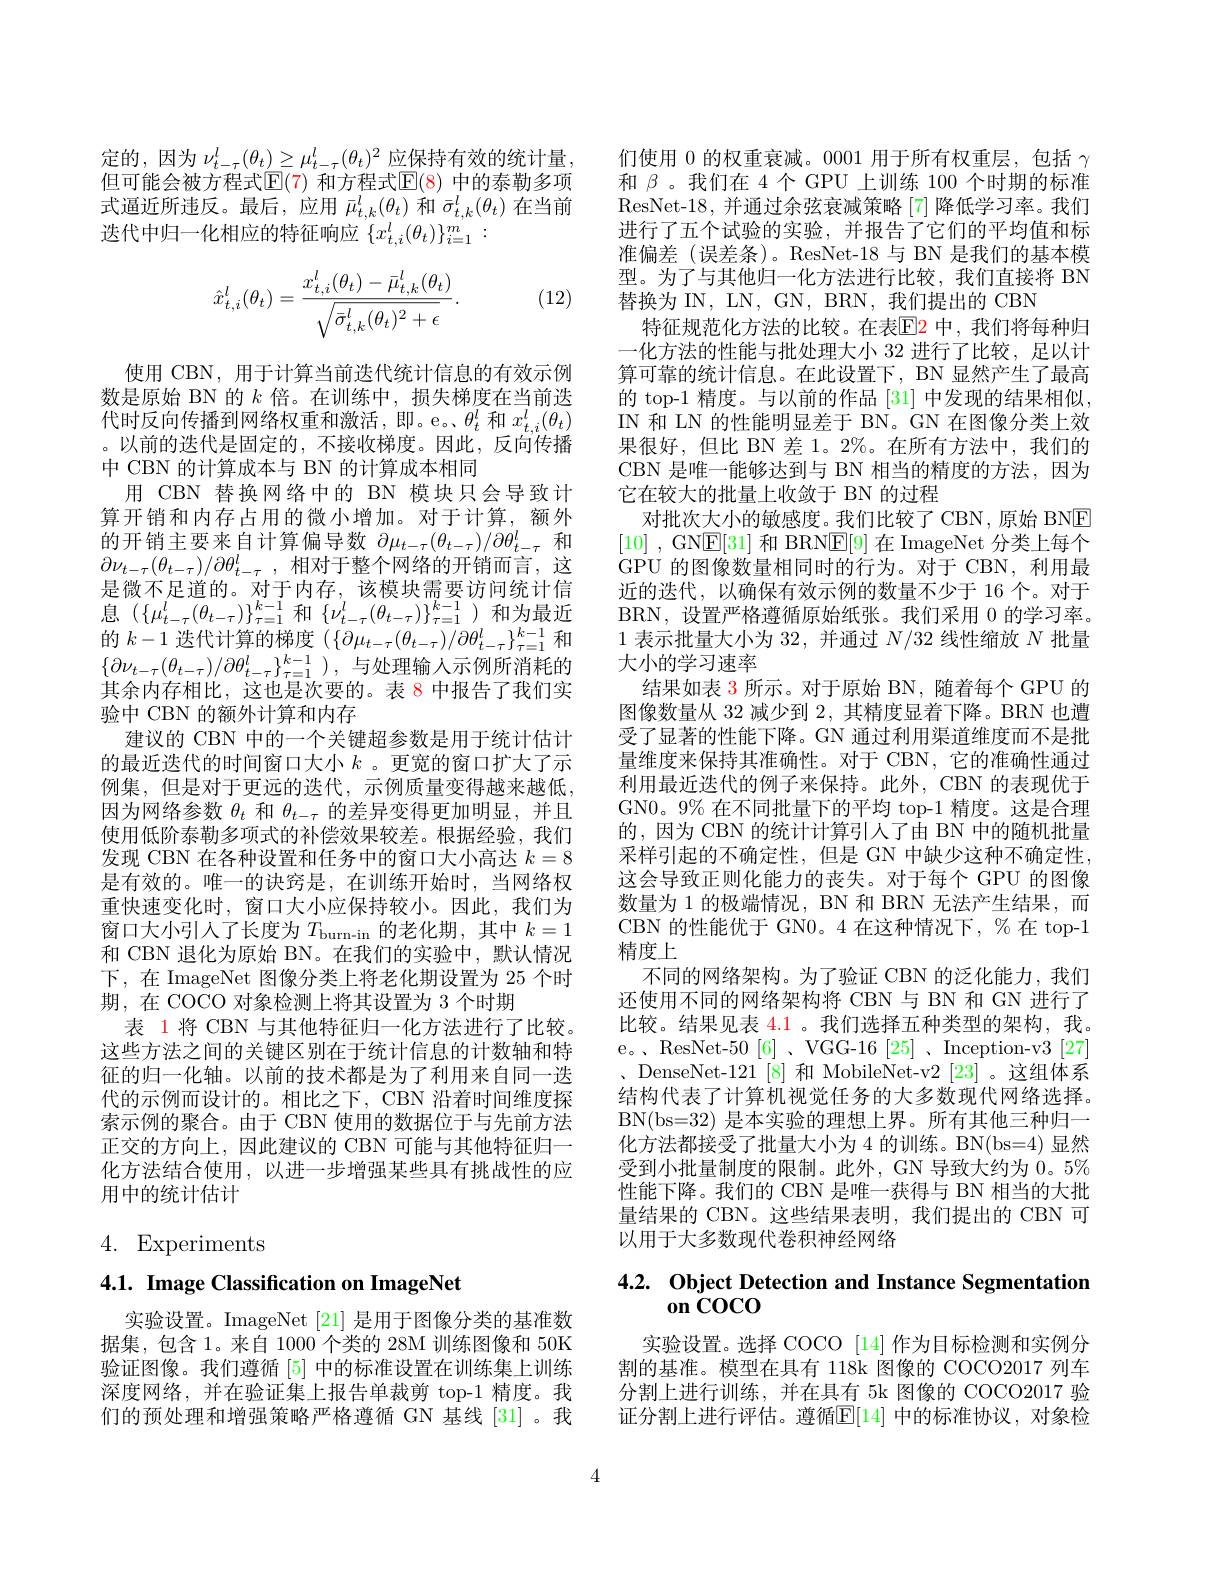
定的，因为$\nu_t-\tau^l(\theta_t)\geq\mu_{t-\tau}^l(\theta_t)^2$应保持有效的统计量但可能会被方程式$\mathbb{E}(\color{red}{7})$ 和方程式$\mathbb{E}(\color{red}{8})$ 中的泰勒多项式逼近所违反。最后，应用$\bar{\mu}_{t,k}^l(\theta_t)$和$\bar{\sigma}_{t,k}^l(\theta_t)$在当前选代中归一化相应的特征响应$\{x_{t,i}^l(\theta_t)\}_{i=1}^m:$

(12)
$$\hat{x}_{t,i}^l(\theta_t)=\frac{x_{t,i}^l(\theta_t)-\bar{\mu}_{t,k}^l(\theta_t)}{\sqrt{\bar{\sigma}_{t,k}^l(\theta_t)^2+\epsilon}}.$$
使用 CBN, 用于计算当前迭代统计信息的有效示例数是原始 BN 的$k$倍。在训练中，损失梯度在当前迭代时反向传播到网络权重和激活，即。e。$\theta_t^l$和$x_{t,i}^l(\theta_t)$ 。以前的迭代是固定的，不接收梯度。因此，反向传播中 CBN 的计算成本与 BN 的计算成本相同
用 CBN 替换网络中的 BN 模块只会导致计算开销和内存占用的微小增加。对于计算，额外的开销主要来自计算偏导数$\partial\mu_{t-\tau}(\theta_{t-\tau})/\partial\theta_{t-\tau}^l$和$\partial\nu_{t-\tau}(\theta_{t-\tau})/\partial\theta_{t-\tau}^l$,相对于整个网络的开销而言，这是微不足道的。对于内存，该模块需要访问统计信息$(\{\mu_{t-\tau}^i(\theta_{t-\tau})\}_{\tau=1}^{k-1}$和$\{\nu_t-\tau(\theta_{t-\tau}^l(\theta_{t-\tau})\}_{\tau=1}^{k-1})$和为最近的$k-1$迭代计算的梯度$(\{\partial\mu_t-\tau(\theta_{t-\tau})/\partial\theta_{t-\tau}^l\}_{\tau=1}^{k-1}$和$\{ \partial \nu _{t- \tau }( \theta _{t- \tau }) / \partial \theta _{t- \tau }^l\} _{\tau = 1}^{k- 1}$ ),与处理输入示例所消耗的其余内存相比，这也是次要的。表 8 中报告了我们实验中 CBN 的额外计算和内存
建议的 CBN 中的一个关键超参数是用于统计估计的最近迭代的时间窗口大小$k$ 。更宽的窗口扩大了示例集，但是对于更远的迭代，示例质量变得越来越低， 因为网络参数$\theta_t$和$\theta_{t-\tau}$的差异变得更加明显，并且使用低阶泰勒多项式的补偿效果较差。根据经验，我们发现 CBN 在各种设置和任务中的窗口大小高达$k=8$ 是有效的。唯一的诀窍是，在训练开始时，当网络权重快速变化时，窗口大小应保持较小。因此，我们为窗口大小引人了长度为$T_\text{burn-in}$的老化期，其中$k=1$ 和 CBN 退化为原始 BN。在我们的实验中，默认情况下，在 ImageNet 图像分类上将老化期设置为 25 个时期，在 COCO 对象检测上将其设置为 3 个时期
表 1 将 CBN 与其他特征归一化方法进行了比较。这些方法之间的关键区别在于统计信息的计数轴和特征的归一化轴。以前的技术都是为了利用来自同一迭代的示例而设计的。相比之下，CBN 沿着时间维度探索示例的聚合。由于 CBN 使用的数据位于与先前方法正交的方向上，因此建议的 CBN 可能与其他特征归一化方法结合使用，以进一步增强某些具有挑战性的应用中的统计估计

4. Experiments

# 4.1. Image Classification on ImageNet

实验设置。ImageNet [21] 是用于图像分类的基准数据集，包含 1。来自 1000 个类的 28M 训练图像和 50K 验证图像。我们遵循[5]中的标准设置在训练集上训练深度网络，并在验证集上报告单裁剪 top-1 精度。我们的预处理和增强策略严格遵循 GN 基线 [31]。我

们使用 0 的权重衰减。0001 用于所有权重层，包括$\gamma$ 和$\beta$ 。我们在 4个 GPU 上训练 100 个时期的标准ResNet-18,并通过余弦衰减策略[7]降低学习率。我们进行了五个试验的实验，并报告了它们的平均值和标准偏差(误差条)。ResNet-18 与 BN 是我们的基本模型。为了与其他归一化方法进行比较，我们直接将 BN 替换为 IN, LN, GN, BRN, 我们提出的 CBN
特征规范化方法的比较。在表$\color{red}{\mathrm{E}}\color{blue}{\mathrm{P}}$ 中，我们将每种归一化方法的性能与批处理大小 32 进行了比较，足以计算可靠的统计信息。在此设置下，BN 显然产生了最高的 top-1 精度。与以前的作品 [31] 中发现的结果相似， IN 和 LN 的性能明显差于 BN。GN 在图像分类上效果很好，但比 BN 差 1。2%。在所有方法中，我们的CBN 是唯一能够达到与 BN 相当的精度的方法，因为它在较大的批量上收敛于 BN 的过程
对批次大小的敏感度。我们比较了 CBN,原始 BNE [10] , GNE[31] 和 BRN$\underline{\mathrm{E}}[9]$ 在 ImageNet 分类上每个GPU 的图像数量相同时的行为。对于 CBN, 利用最近的迭代，以确保有效示例的数量不少于 16 个。对于BRN,设置严格遵循原始纸张。我们采用0的学习率。1表示批量大小为 32,并通过$N/32$线性缩放$N$批量大小的学习速率
结果如表 3 所示。对于原始 BN, 随着每个 GPU 的图像数量从 32 减少到 2, 其精度显着下降。BRN 也遭受了显著的性能下降。GN 通过利用渠道维度而不是批量维度来保持其准确性。对于 CBN,它的准确性通过利用最近迭代的例子来保持。此外，CBN 的表现优于GN0。9% 在不同批量下的平均 top-1 精度。这是合理的，因为 CBN 的统计计算引人了由 BN 中的随机批量采样引起的不确定性，但是 GN 中缺少这种不确定性， 这会导致正则化能力的丧失。对于每个 GPU 的图像数量为 1 的极端情况，BN 和 BRN 无法产生结果，而CBN 的性能优于 GN0。4 在这种情况下，% 在 top-1精度上
不同的网络架构。为了验证 CBN 的泛化能力，我们还使用不同的网络架构将 CBN 与 BN 和 GN 进行了比较。结果见表 4.1 。我们选择五种类型的架构，我。e。、ResNet-50[6]、VGG-16[25]、Inception-v3[27] 、DenseNet-121[8] 和 MobileNet-v2[23] 。这组体系结构代表了计算机视觉任务的大多数现代网络选择。BN(bs=32) 是本实验的理想上界。所有其他三种归一化方法都接受了批量大小为 4 的训练。BN(bs=4) 显然受到小批量制度的限制。此外，GN 导致大约为 0。5% 性能下降。我们的 CBN 是唯一获得与 BN 相当的大批量结果的 CBN。这些结果表明，我们提出的 CBN 可以用于大多数现代卷积神经网络

# 4.2. Object Detection and Instance Segmentation on COCO

实验设置。选择 COCO [14] 作为目标检测和实例分割的基准。模型在具有 118k 图像的 COCO2017 列车分割上进行训练，并在具有 5k 图像的 COCO2017 验证分割上进行评估。遵循$\mathbb{E}[14]$ 中的标准协议，对象检

4